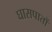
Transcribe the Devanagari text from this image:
घासपातों